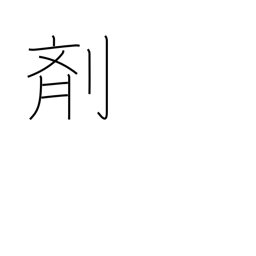
Meaning: medicine